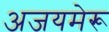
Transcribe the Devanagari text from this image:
अजयमेरू